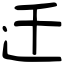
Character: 迁